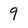
Character: 9